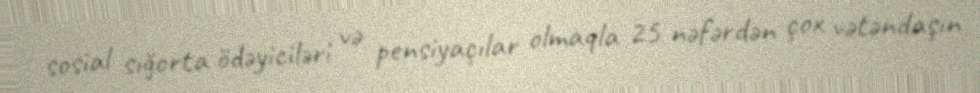
sosial sığorta ödəyiciləri və pensiyaçılar olmaqla 25 nəfərdən çox vətəndaşın